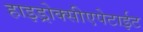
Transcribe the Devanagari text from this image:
हाइड्रोक्सीएपेटाईट